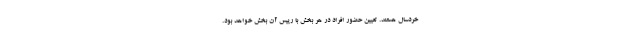
خردسال هستند. تعیین حضور افراد در هر بخش با رییس آن بخش خواهد بود.